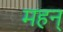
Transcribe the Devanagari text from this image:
महन्